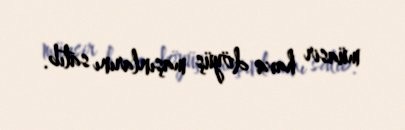
müasir hava döyüş maşınlarını satıb.